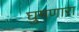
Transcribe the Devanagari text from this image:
घुमणारा